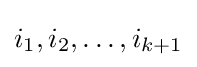
i_{1},i_{2},\ldots ,i_{k+1}